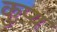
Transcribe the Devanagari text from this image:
कुप्य